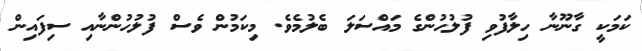
ކަމަކީ ގާނޫނާ ހިލާފުވި ފުލުހުންގެ މައްސަލަ ބެލުމެވެ. މިކަމުން ވެސް ފުލުހުންނާއި ސިފައިން